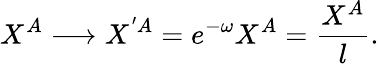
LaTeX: X^{A}\longrightarrow X^{'{A}}=e^{-\omega}X^{A}=\frac{X^{A}}{l}.